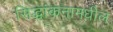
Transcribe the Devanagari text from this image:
सिद्धांकनामधील